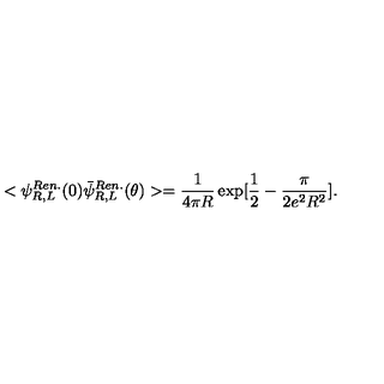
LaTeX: < \psi _ { R , L } ^ { R e n . } ( 0 ) \bar { \psi } _ { R , L } ^ { R e n . } ( \theta ) > = { \frac { 1 } { 4 \pi R } } \exp [ { \frac { 1 } { 2 } } - { \frac { \pi } { 2 e ^ { 2 } R ^ { 2 } } } ] .